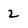
Character: 2